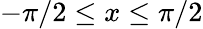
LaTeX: -\pi/2\leq x\leq\pi/2